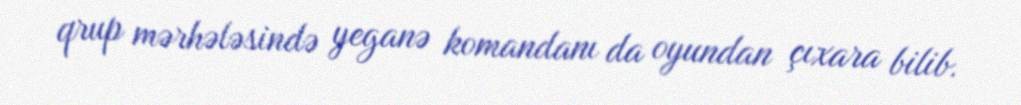
qrup mərhələsində yeganə komandanı da oyundan çıxara bilib.